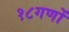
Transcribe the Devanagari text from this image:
१८गणों